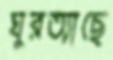
ঘুরত্যাছে